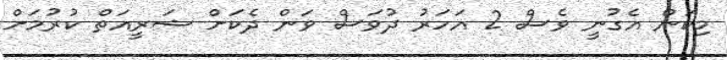
މިކަން އެގުނީ ވެސް 2 އަހަރު ދުވަސް ވަން ދެކަށް ޝަރީއަތް ކުރުމަށް